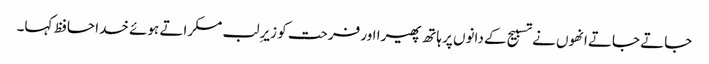
جاتے جاتے انھوں نے تسبیح کے دانوں پر ہاتھ پھیرا اور فرحت کو زیرِ لب مسکراتے ہوئے خدا حافظ کہا۔